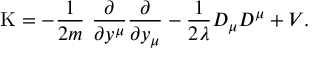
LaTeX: \mathrm { K } = - \frac { 1 } { 2 m } \ \frac { \partial } { \partial y ^ { \mu } } \frac { \partial } { \partial y _ { \mu } } - \frac { 1 } { 2 \lambda } D _ { \mu } D ^ { \mu } + V .